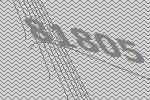
81805